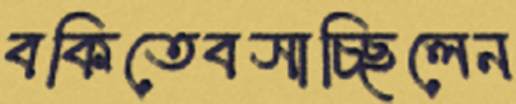
বকিতেবসাচ্ছিলেন